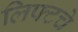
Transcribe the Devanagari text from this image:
लिफ्टचे